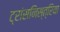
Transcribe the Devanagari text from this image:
ट्रांसनिस्त्रिया